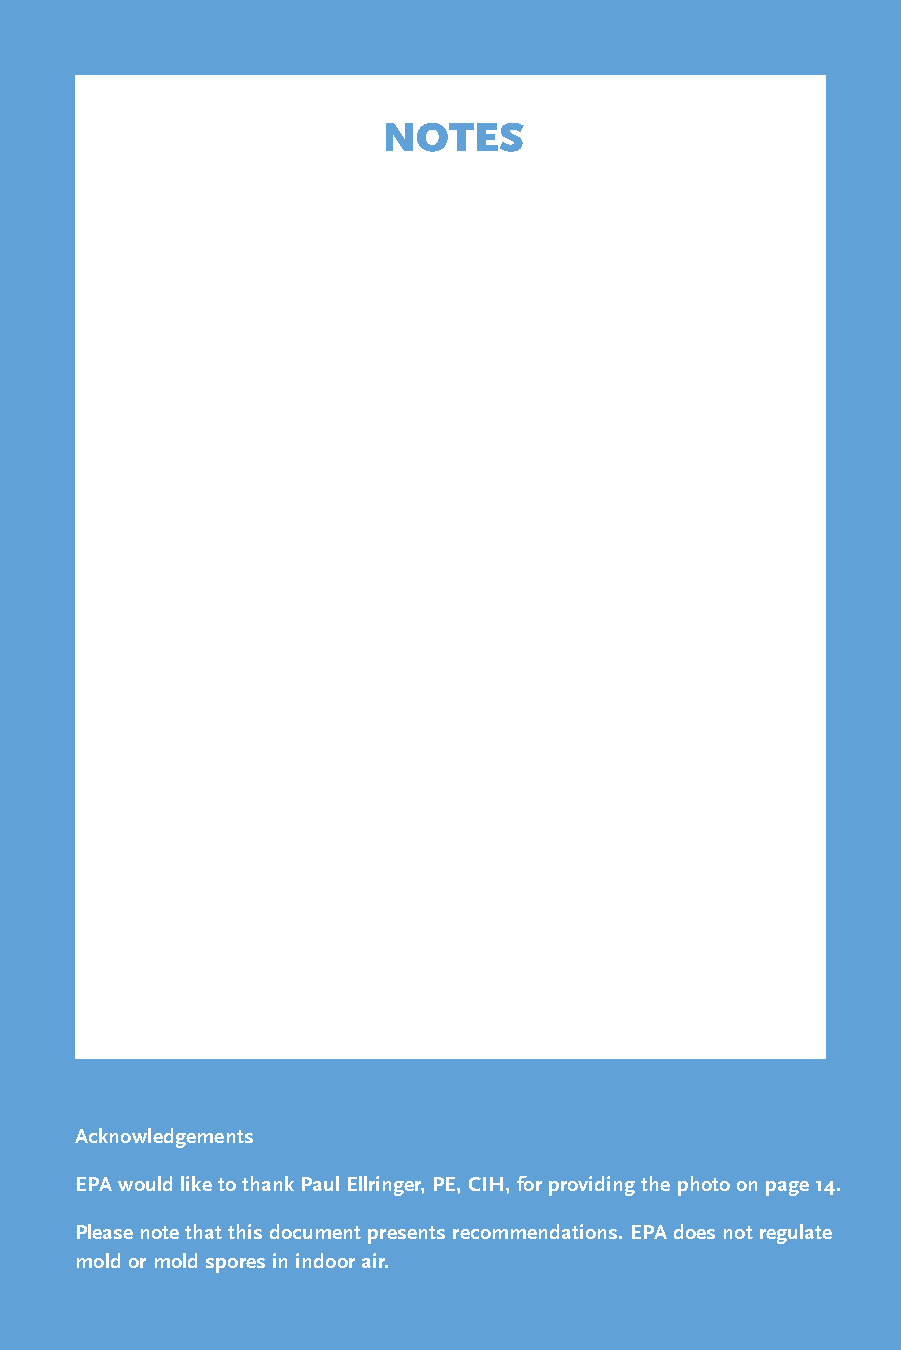
NOTES
 Acknowledgements
 EPA would like to thank Paul Ellringer, PE, CIH, for providing the photo on page 14.
 Please note that this document presents recommendations. EPA does not regulate
 mold or mold spores in indoor air.